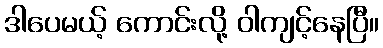
ဒါပေမယ့် ကောင်းလို့ ဝါကျင့်နေပြီ။